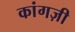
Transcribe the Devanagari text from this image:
कांगज़ी